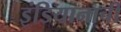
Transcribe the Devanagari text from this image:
इंडियानाची